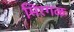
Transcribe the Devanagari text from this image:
मिरगळ